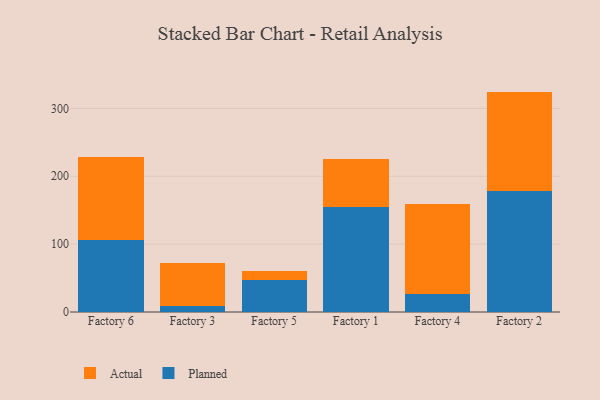
{"axis": {"x": "Factory", "y": "Budget (USD K)"}, "legend": ["Actual", "Planned"], "data": [{"x": "Factory 6", "y": 105.8, "type": "Planned"}, {"x": "Factory 6", "y": 122.5, "type": "Actual"}, {"x": "Factory 3", "y": 8.4, "type": "Planned"}, {"x": "Factory 3", "y": 63.1, "type": "Actual"}, {"x": "Factory 5", "y": 47.9, "type": "Planned"}, {"x": "Factory 5", "y": 12.1, "type": "Actual"}, {"x": "Factory 1", "y": 154.4, "type": "Planned"}, {"x": "Factory 1", "y": 70.7, "type": "Actual"}, {"x": "Factory 4", "y": 25.8, "type": "Planned"}, {"x": "Factory 4", "y": 133.7, "type": "Actual"}, {"x": "Factory 2", "y": 178.7, "type": "Planned"}, {"x": "Factory 2", "y": 146.1, "type": "Actual"}]}